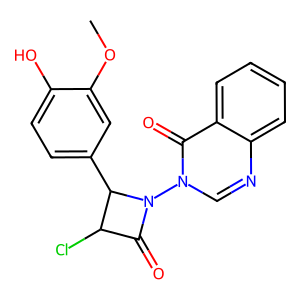
SMILES: COc1cc(C2C(Cl)C(=O)N2n2cnc3ccccc3c2=O)ccc1O
Inhibits HIV replication: No